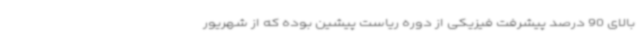
بالای 90 درصد پیشرفت فیزیکی از دوره ریاست پیشین بوده که از شهریور